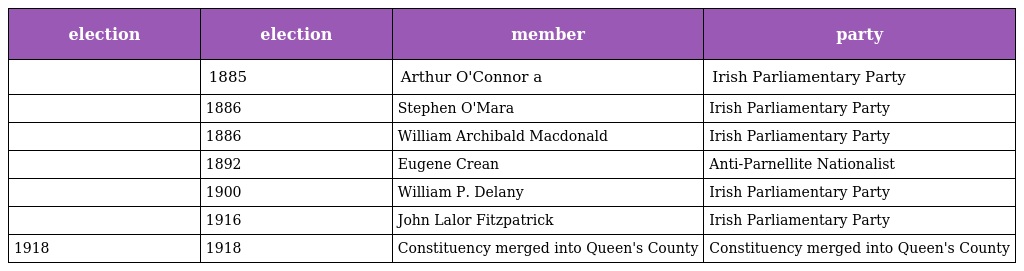
| election | election | member | party |
 | --- | --- | --- | --- |
 |  | 1885 | Arthur O'Connor a | Irish Parliamentary Party |
 |  | 1886 | Stephen O'Mara | Irish Parliamentary Party |
 |  | 1886 | William Archibald Macdonald | Irish Parliamentary Party |
 |  | 1892 | Eugene Crean | Anti-Parnellite Nationalist |
 |  | 1900 | William P. Delany | Irish Parliamentary Party |
 |  | 1916 | John Lalor Fitzpatrick | Irish Parliamentary Party |
 | 1918 | 1918 | Constituency merged into Queen's County | Constituency merged into Queen's County |